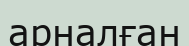
арналған